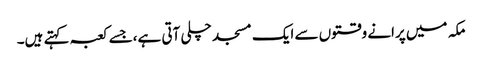
مکہ میں پرانے وقتوں سے ایک مسجد چلی آتی ہے،جسے کعبہ کہتے ہیں۔